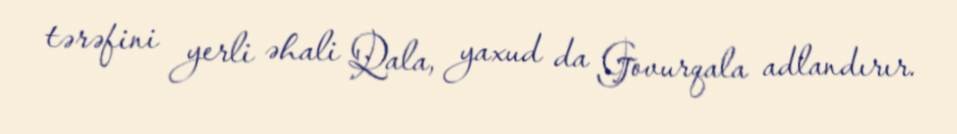
tərəfini yerli əhali Qala, yaxud da Govurqala adlandırır.